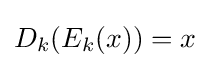
D_{k}(E_{k}(x))=x